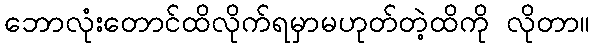
ဘောလုံးတောင်ထိလိုက်ရမှာမဟုတ်တဲ့ထိကို လိုတာ။